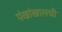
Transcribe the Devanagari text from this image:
पंखांखालची